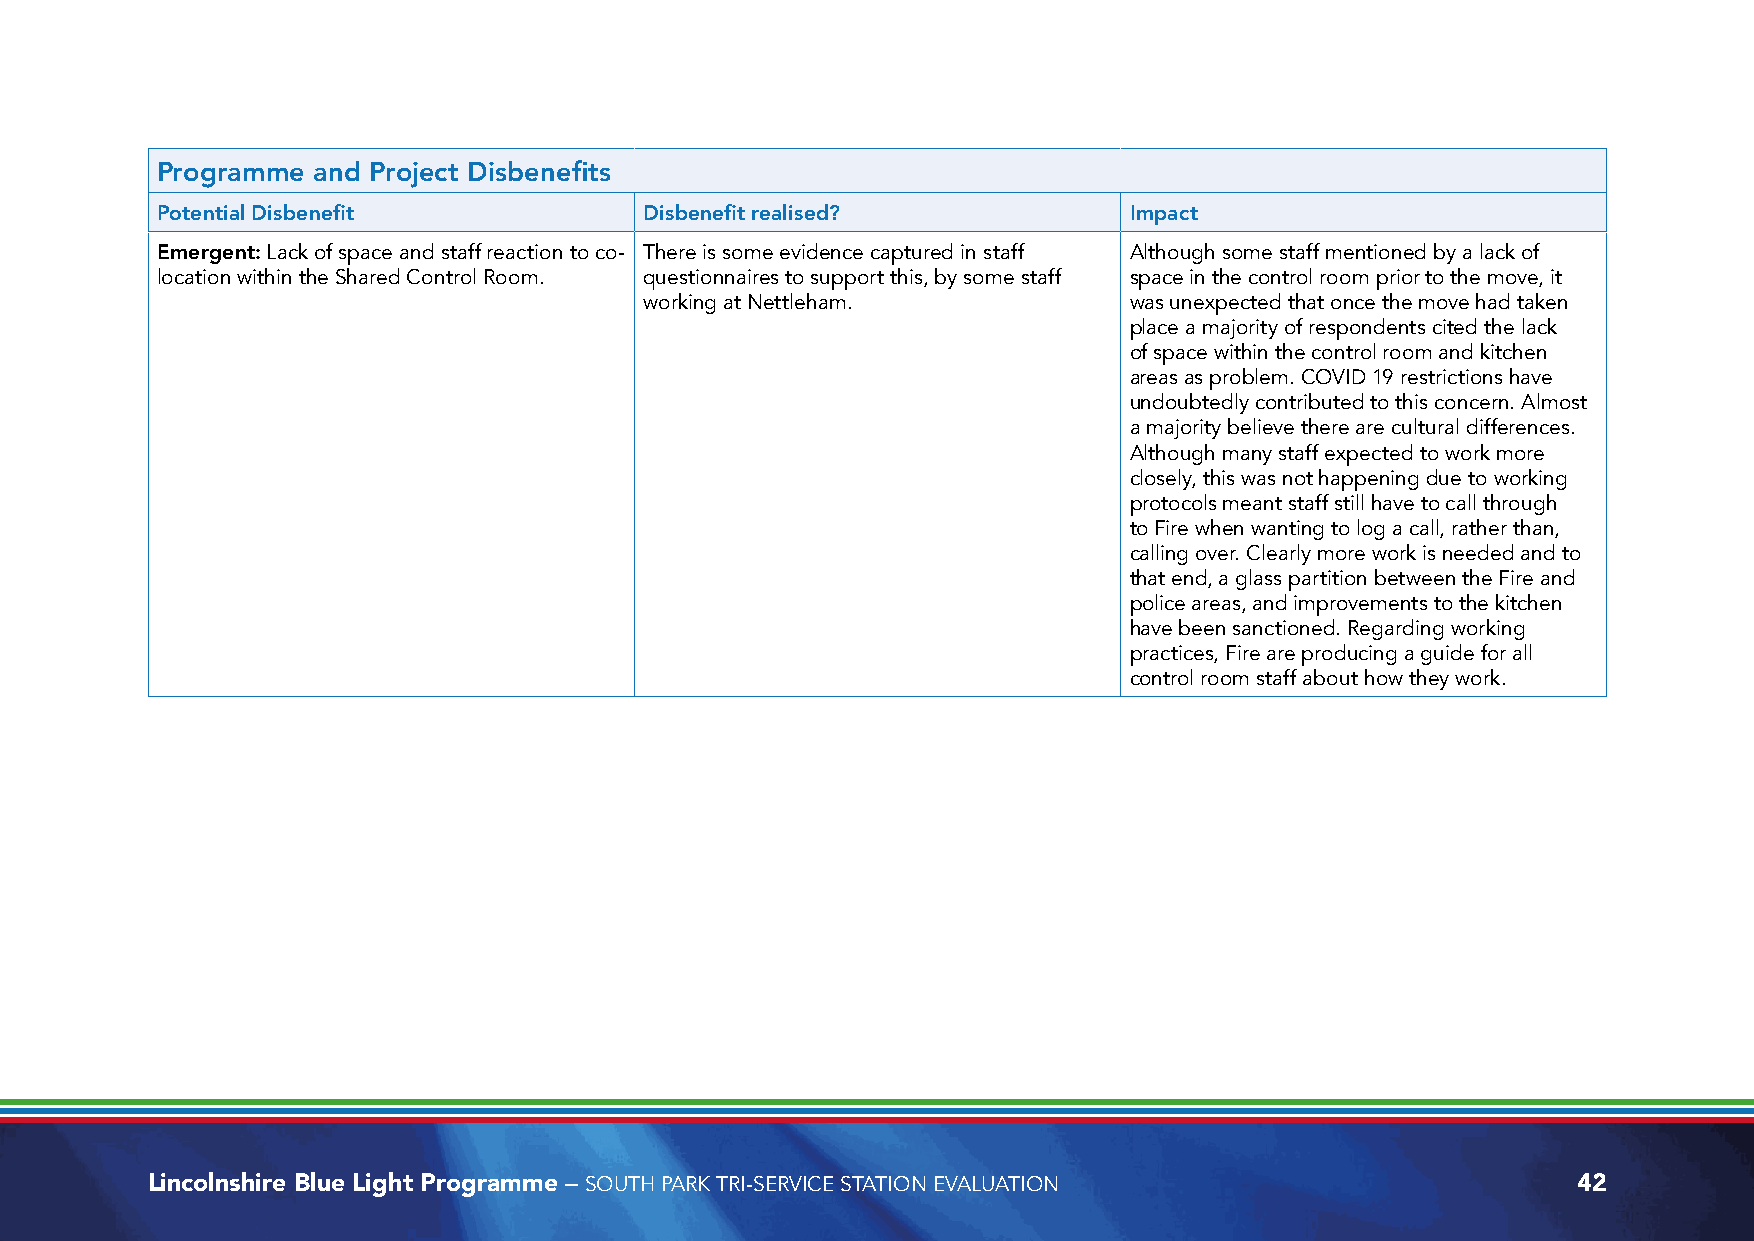
Programme  and Project Disbenefits
 Potential Disbenefit             Disbenefit realised?            Impact
 Emergent: Lack of space and staff reaction to co- There is some evidence captured in staff Although some staff mentioned by a lack of
 location within the Shared Control Room. questionnaires to support this, by some staff space in the control room prior to the move, it
 working at Nettleham.           was unexpected that once the move had taken
 place a majority of respondents cited the lack
 of space within the control room and kitchen
 areas as problem. COVID 19 restrictions have
 undoubtedly contributed to this concern. Almost
 a majority believe there are cultural differences.
 Although many staff expected to work more
 closely, this was not happening due to working
 protocols meant staff still have to call through
 to Fire when wanting to log a call, rather than,
 calling over. Clearly more work is needed and to
 that end, a glass partition between the Fire and
 police areas, and improvements to the kitchen
 have been sanctioned. Regarding working
 practices, Fire are producing a guide for all
 control room staff about how they work.
 Lincolnshire Blue Light Programme – SOUTH PARK TRI-SERVICE STATION EVALUATION                 42